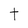
Character: t